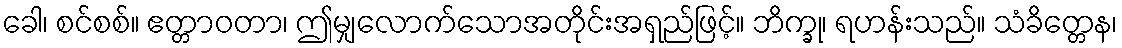
ခေါ၊ စင်စစ်။ ဧတ္တာဝတာ၊ ဤမျှလောက်သောအတိုင်းအရှည်ဖြင့်။ ဘိက္ခု၊ ရဟန်းသည်။ သံခိတ္တေန၊